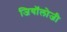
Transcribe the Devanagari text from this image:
जियॉलोजी